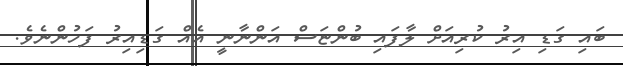
ބައި ގަޑި އިރު ކުރިއަށް ލާފައި ބުންޏަސް އަންނާނީ އެއް ގަޑިއިރު ފަހުންނެވެ.